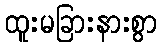
ထူးမခြားနားစွာ